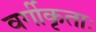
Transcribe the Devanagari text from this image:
वर्गीकृताः